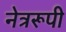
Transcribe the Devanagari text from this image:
नेत्ररूपी